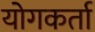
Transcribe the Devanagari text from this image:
योगकर्ता